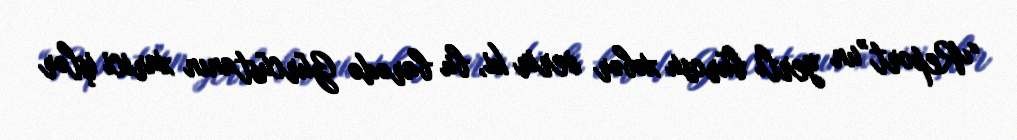
“Report”un yerli bürosu xəbər verir ki, bu barədə Gürcüstanın xarici işlər